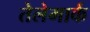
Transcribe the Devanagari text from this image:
तेलेमार्क